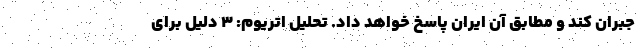
جبران کند و مطابق آن ایران پاسخ خواهد داد. تحلیل اتریوم: 3 دلیل برای